Leaving Certificate, 1900
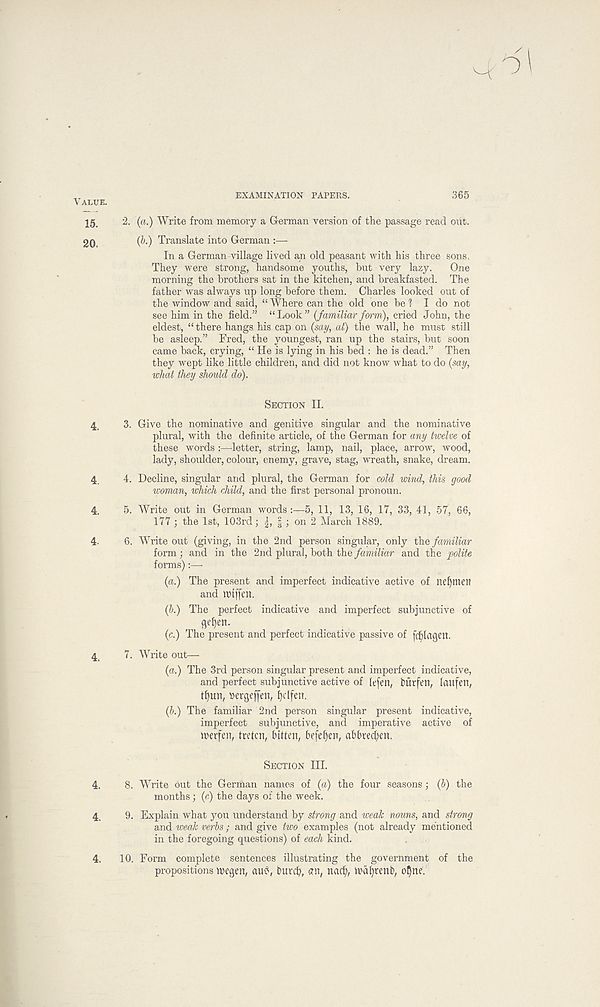
Value.
EXAMINATION PAPERS.
365
15, 2. (a.) Write from memory a German version of the passage read oiit.
20,
(b-) Translate into German :—
In a German village lived an old peasant with his three sons,
They were strong, handsome youths, but very lazy. One
morning the brothers sat in the kitchen, and breakfasted. The
father was always up long before them. Charles looked out of
the window and said, “ Where can the old one be ? I do not
see him in the field.” “Look” {familiarform), cried John, the
eldest, “ there hangs his cap on {say, at) the wall, he must still
be asleep.” Fred, the youngest, ran up the stairs, but soon
came back, crying, “ He is lying in his bed : he is dead.” Then
they wept like little children, and did not know what to do {say,
what they should do).
Section II.
4, 3. Give the nominative and genitive singular and the nominative
plural, with the definite article, of the German for any twelve of
these words :—letter, string, lamp, nail, place, arrow, wood,
lady, shoulder, colour, enemy, grave, stag, wreath, snake, dream.
4 4. Decline, singular and plural, the German for cold wind, this good
woman, which child, and the first personal pronoun.
4, 5. Write out in German words:—5, 11, 13, 16, 17, 33, 41, 57, 66,
177 3 the 1st, 103rd; |, |; on 2 March 1889.
4- 6. Write out (giving, in the 2nd person singular, only the familiar
form ; and in the 2nd plural, both the familiar and the polite
forms):—
{a.) The present and imperfect indicative active of neljmen
and IPtffcn.
(b.) The perfect indicative and imperfect subjunctive of
flefjen.
(c.) The present and perfect indicative passive of fcf)(agert.
4 7. Write out—
{a.) The 3rd person singular present and imperfect indicative,
and perfect subjunctive active of Itfen, turfen, laitfen,
t£)un, bergeffen, jjclfen.
{b.) The familiar 2nd person singular present indicative,
imperfect subjunctive, and imperative active of
tverfen, tretcn, bitten, be[ef)en, abbred;en.
Section III.
4. 8. Write out the German names of {a) the four seasons; (6) the
months; {c) the days of the week.
4, 9. Explain what you understand by strong and weak nouns, and strong
and weak verbs; and give two examples (not already mentioned
in the foregoing questions) of each kind.
4. 10. Form complete sentences illustrating the government of the
propositions inegen, auS, burcb, an, nad), n?af)tenb, o!)ne.